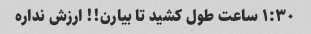
۱:۳۰ ساعت طول کشید تا بیارن!! ارزش نداره